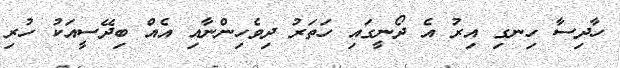
ހާދިސާ ހިނގި އިރު އެ ދޯނީގައި ހަތަރު ދިވެހިންނާއި އެއް ބިދޭސީއަކު ހުރި